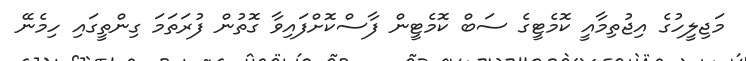
މަޖިލީހުގެ އިޖުތިމާއީ ކޮމެޓީގެ ސަބް ކޮމެޓީން ފާސްކޮށްފައިވާ ގޮތުން ފުރަތަމަ ގިންތީގައި ހިމެނޭ